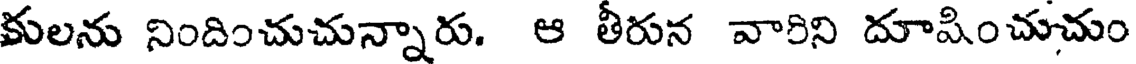
కులను నిందించుచున్నారు. ఆ తీరున వారిని దూషించుచుం